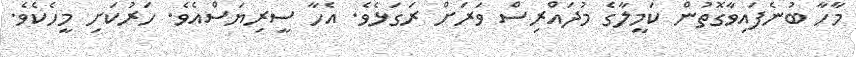
މާހާ ބުނެފައިވާގޮތުން ކަމީލާގެ މުދައްރިސް ވަރަށް ރަގަޅެވެ. އެހާ ސީރިޔަސްއެވެ. ހަރުކަށި މީހެކެވެ.